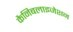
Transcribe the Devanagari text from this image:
कैनिबलाइजेशन